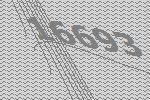
16693